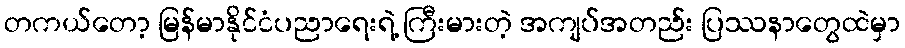
တကယ်တော့ မြန်မာနိုင်ငံပညာရေးရဲ့ ကြီးမားတဲ့ အကျပ်အတည်း ပြဿနာတွေထဲမှာ